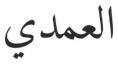
العمدي